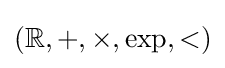
(\mathbb {R} ,+,\times ,\exp ,<)